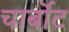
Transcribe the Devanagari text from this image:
चार्बोट